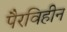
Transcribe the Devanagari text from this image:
पैरविहीन